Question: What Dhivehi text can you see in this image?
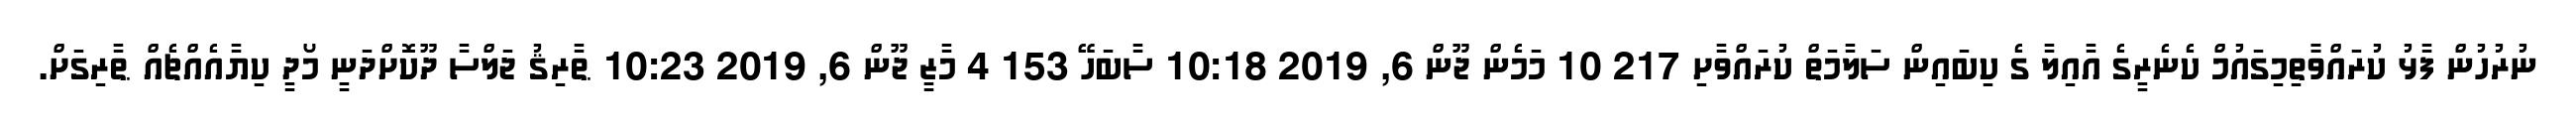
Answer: ނުރުހުން ފާޅު ކުރައްވާާތިމިގައުމް ކެނެރީގެ އާއިލާ ގެ ކިބައިން ސަލާމަތް ކުރައްވާށި 217 10 މަމެން ޖޫން 6, 2019 10:18 ސާބަހޭ 153 4 މާޒީ ޖޫން 6, 2019 10:23 ޠާރިޤު ޖަލްސާ ދޫކޮށްދަނީ މޯދީ ކިޔާއެއްޗެއް ޠާރިގަށް.